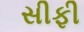
સીફી